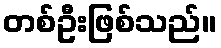
တစ်ဦးဖြစ်သည်။